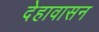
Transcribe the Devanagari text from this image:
देहावासन